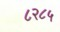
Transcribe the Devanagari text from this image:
८२८५